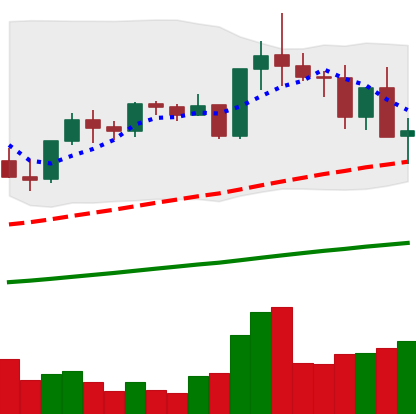
Ticker: TRX-USD
Chart end date: 2021-05-13
Forward return: -4.188%
Label: down_3_5